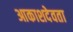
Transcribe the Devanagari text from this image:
आकाशदेवता